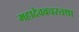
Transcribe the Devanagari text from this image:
महादेववचस्तथा